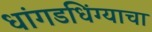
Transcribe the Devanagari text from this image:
धांगडधिंग्याचा